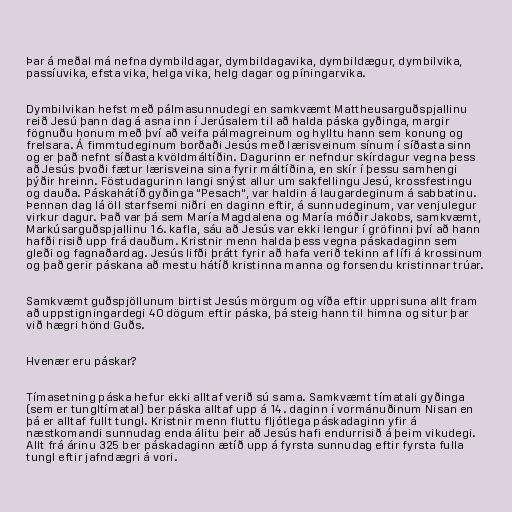
Þar á meðal má nefna dymbildagar, dymbildagavika, dymbildægur, dymbilvika,
passíuvika, efsta vika, helga vika, helg dagar og píningarvika.

Dymbilvikan hefst með pálmasunnudegi en samkvæmt Mattheusarguðspjallinu
reið Jesú þann dag á asna inn í Jerúsalem til að halda páska gyðinga, margir
fögnuðu honum með því að veifa pálmagreinum og hylltu hann sem konung og
frelsara. Á fimmtudeginum borðaði Jesús með lærisveinum sínum í síðasta sinn
og er það nefnt síðasta kvöldmáltíðin. Dagurinn er nefndur skírdagur vegna þess
að Jesús þvoði fætur lærisveina sina fyrir máltíðina, en skír í þessu samhengi
þýðir hreinn. Föstudagurinn langi snýst allur um sakfellingu Jesú, krossfestingu
og dauða. Páskahátíð gyðinga "Pesach", var haldin á laugardeginum á sabbatinu.
Þennan dag lá öll starfsemi niðri en daginn eftir, á sunnudeginum, var venjulegur
virkur dagur. Það var þá sem María Magdalena og María móðir Jakobs, samkvæmt,
Markúsarguðspjallinu 16. kafla, sáu að Jesús var ekki lengur í gröfinni því að hann
hafði risið upp frá dauðum. Kristnir menn halda þess vegna páskadaginn sem
gleði og fagnaðardag. Jesús lifði þrátt fyrir að hafa verið tekinn af lífi á krossinum
og það gerir páskana að mestu hátíð kristinna manna og forsendu kristinnar trúar.

Samkvæmt guðspjöllunum birtist Jesús mörgum og víða eftir upprisuna allt fram
að uppstigningardegi 40 dögum eftir páska, þá steig hann til himna og situr þar
við hægri hönd Guðs.

Hvenær eru páskar?

Tímasetning páska hefur ekki alltaf verið sú sama. Samkvæmt tímatali gyðinga
(sem er tungltímatal) ber páska alltaf upp á 14. daginn í vormánuðinum Nisan en
þá er alltaf fullt tungl. Kristnir menn fluttu fljótlega páskadaginn yfir á
næstkomandi sunnudag enda álitu þeir að Jesús hafi endurrisið á þeim vikudegi.
Allt frá árinu 325 ber páskadaginn ætíð upp á fyrsta sunnudag eftir fyrsta fulla
tungl eftir jafndægri á vori.